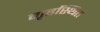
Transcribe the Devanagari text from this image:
गृहस्थित